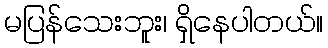
မပြန်သေးဘူး၊ ရှိနေပါတယ်။